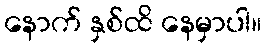
နောက် နှစ်ထိ နေမှာပါ။